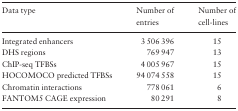
| Data type | Number of entries | Number of cell-lines |
 | --- | --- | --- |
 | Integrated enhancers | 3 506 396 | 15 |
 | DHS regions | 769 947 | 13 |
 | ChIP-seq TFBSs | 4 005 967 | 15 |
 | HOCOMOCO predicted TFBSs | 94 074 558 | 15 |
 | Chromatin interactions | 778 061 | 6 |
 | FANTOM5 CAGE expression | 80 291 | 8 |